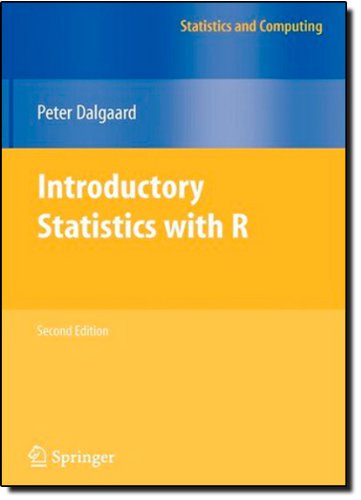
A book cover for Introductory Statistics with R (Statistics and Computing); Peter Dalgaard; Computers & Technology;